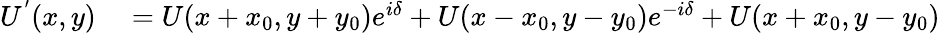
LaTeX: \begin{array}{rl}{U^{^{\prime}}(x,y)}&{{}=U(x+x_{0},y+y_{0})e^{i\delta}+U(x-x_{0},y-y_{0})e^{-i\delta}+U(x+x_{0},y-y_{0})}\end{array}